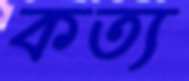
কত্য